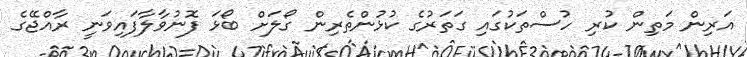
އަރިން މަތިން ކުރި ހުސްތަކުގައި ގަތަރުގެ ކުޅުންތެރިން ގޯލަށް ބޯޅަ ފޮނުވާލާފައިވަނީ ރާއްޖޭގެ